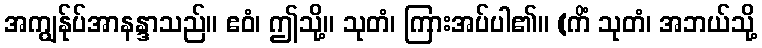
အကျွန်ုပ်အာနန္ဒာသည်။ ဧဝံ၊ ဤသို့။ သုတံ၊ ကြားအပ်ပါ၏။ (ကိံ သုတံ၊ အဘယ်သို့